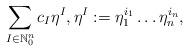
LaTeX: \begin{align*} \sum_{I \in \mathbb{N}_0^n} c_I \eta^I, \eta^I := \eta^{i_1}_1 \dots \eta^{i_n}_n,\end{align*}